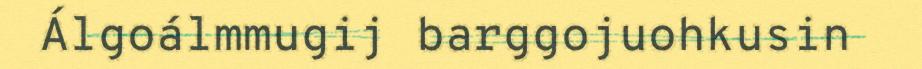
Álgoálmmugij barggojuohkusin